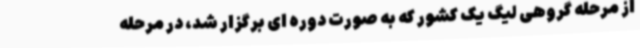
از مرحله گروهی لیگ یک کشور که به صورت دوره ای برگزار شد، در مرحله